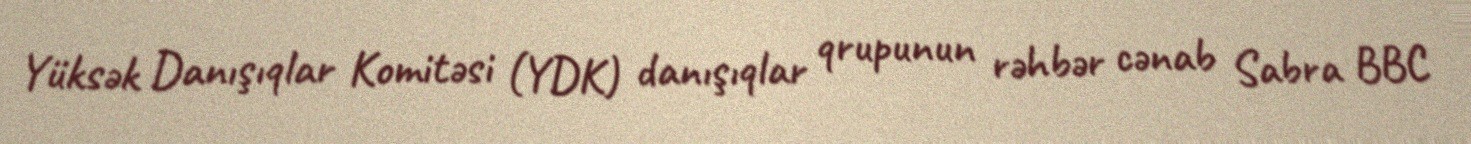
Yüksək Danışıqlar Komitəsi (YDK) danışıqlar qrupunun rəhbər cənab Sabra BBC